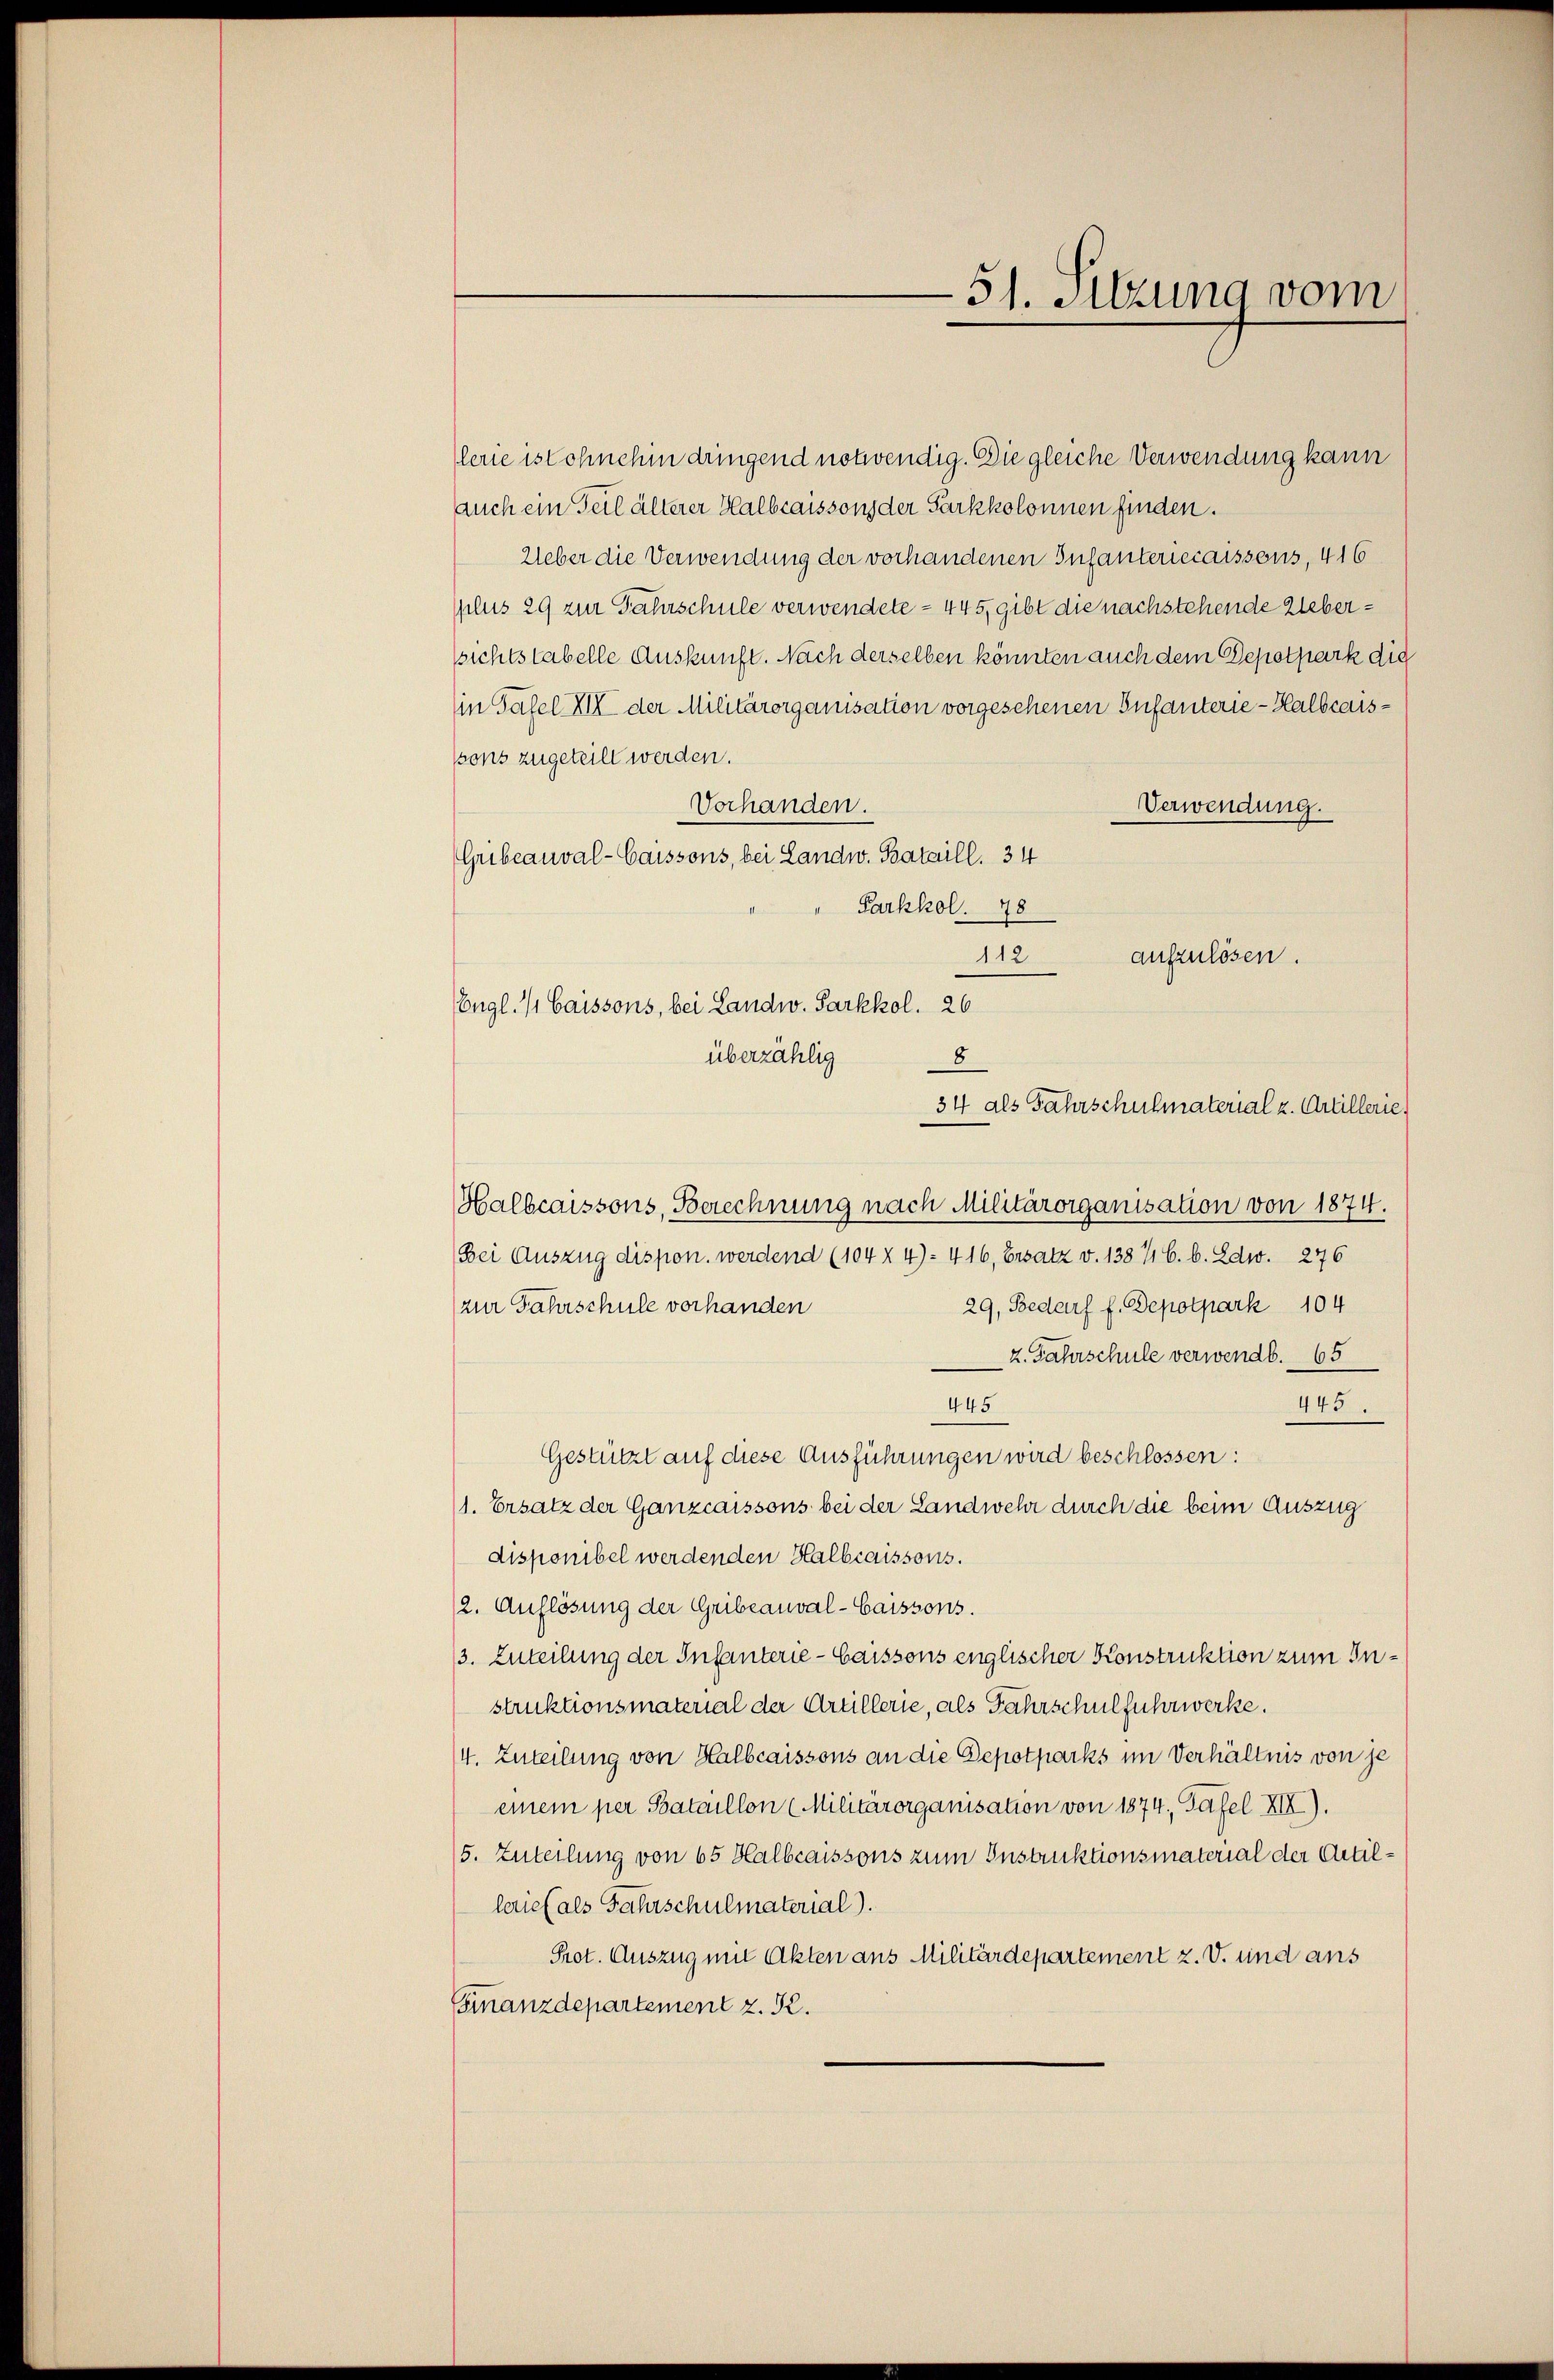
(Engl. 4 Caissons, bei Landw. Sarkkol. 26

51. Sitzung vom

lerie ist ohnehin dringend notwendig. Die gleiche Verwendung kann
auch ein Teil älterer Halbcaissons der Sarkkolonnen finden.
Ueber die Verwendung der vorhandenen Infanteriecaissens, 416
plus 29 zur Fahrschule verwendete - 445, gibt die nachstehende Uebersichts tabelle Auskunft. Nach derselben könnten auch dem Depotpark die
in Tafel XII der Militärorganisation vorgesehenen Infanterie-Halbcaispons zugeteilt werden.
Vorhanden.
Verwendung.
Gribeauval-Caissons, bei Landw. Bataill. 34
Parkhol. 78
112
aufzulösen.
überzählig
8
Halbcaissons, Berechnung nach Militärorganisation von 1874.
Bei Auszug dispon. werdend (104 X 4)- 416, Ersatz v. 138 716. b. Edw. 276
29, Bedarf f. Depotpark 104
(zur Fahrschule vorhanden
z. Jahrschule verwendb. 65
445
445.
Gestützt auf diese Ausführungen wird beschlossen:
1. Ersatz der Ganzcaissons bei der Landwehr durch die beim Auszug
disponibel werdenden Halbcaissons.
(2. Auflösung der Gribeauval-Caissons.
3. Zuteilung der Infanterie-Caissons englischer Konstruktion zum Instruktionsmaterial der Artillerie, als Fahrschulfuhrwerke.
/4. Zuteilung von Halbcaissons an die Depotparks im Verhältnis von je
einem per Bataillon (Militärorganisation von 1874, Tafel XII).
(5. Zuteilung von 65 Halbcaissons zum Instruktionsmaterial der Artillerief als Fahrschulmaterial).
Prot. Auszug mit Akten aus Militärdepartement z. V. und ans
Finanzdepartement z. R.

34 als Jahrschulmaterial u. Artillerie